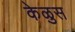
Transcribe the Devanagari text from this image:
केळुस